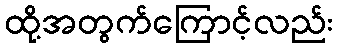
ထို့အတွက်ကြောင့်လည်း